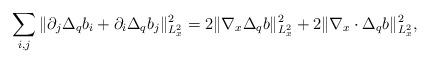
LaTeX: \begin{align*}\sum_{i,j}\Vert \partial_j \Delta_qb_i + \partial_i \Delta_qb_j \Vert^2_{L^2_x} = 2\Vert \nabla_x \Delta_q b\Vert^2_{L^2_x} + 2\Vert \nabla_x \cdot \Delta_q b\Vert^2_{L^2_x},\end{align*}